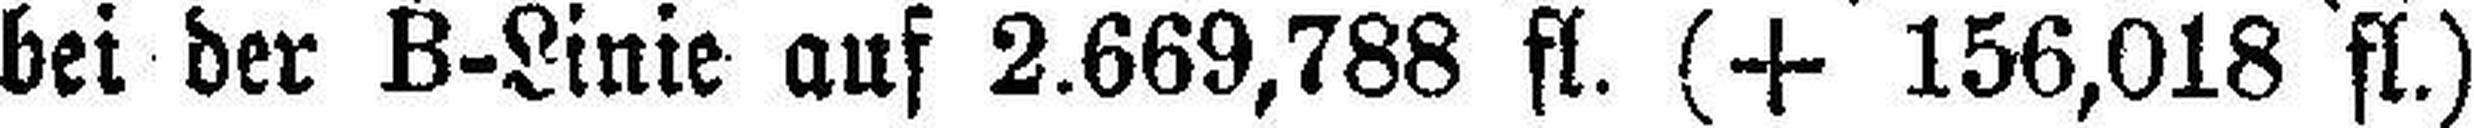
bei der B-Linie auf 2.669,788 fl. (+ 156,018 fl.)